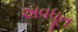
અવધૂત